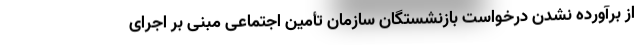
از برآورده نشدن درخواست بازنشستگان سازمان تأمین اجتماعی مبنی بر اجرای